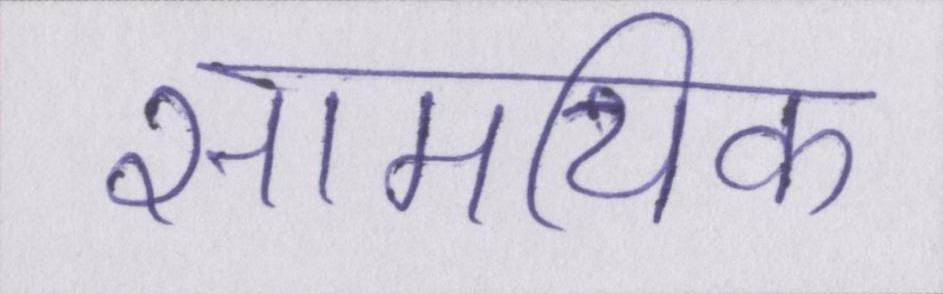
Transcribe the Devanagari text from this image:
सामयिक